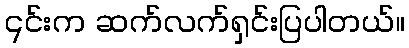
၎င်းက ဆက်လက်ရှင်းပြပါတယ်။